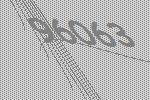
96063